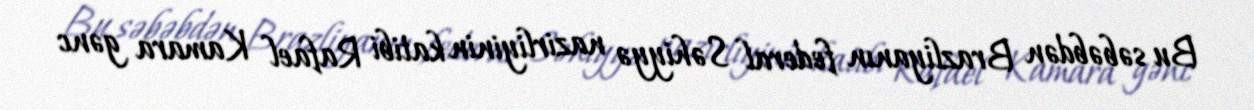
Bu səbəbdən Brazliyanın federal Səhiyyə nazirliyinin katibi Rafael Kamara gənc